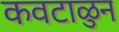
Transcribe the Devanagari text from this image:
कवटाळुन